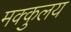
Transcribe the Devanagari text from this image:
मक्कुलय